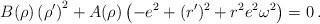
\begin{align*}B(\rho) \left(\rho^\prime\right)^2 + A(\rho)\left(-e^2 + (r^\prime)^2 + r^2 e^2 \omega^2\right)=0\,.\end{align*}